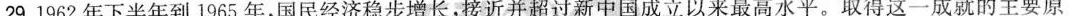
29.1962年下半年到1965年，国民经济稳步增长，接近并超过新中国成立以来最高水平。取得这一成就的主要原